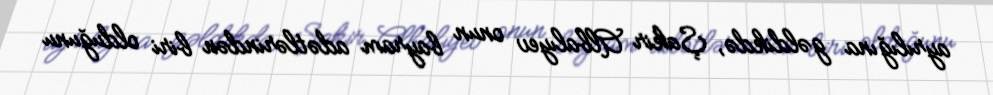
ayrılığına gəldikdə, Şakir Albalıyev onun bayram adətlərindən biri olduğunu